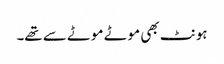
ہونٹ بھی موٹے موٹے سے تھے۔